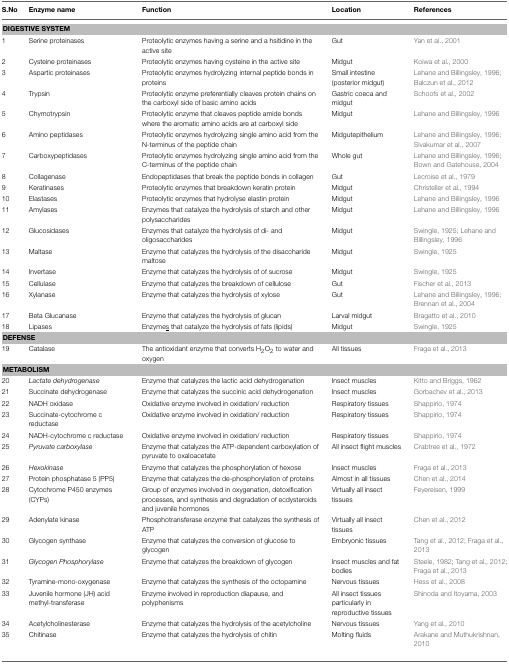
<table><thead><tr><td><b>S.No</b></td><td><b>Enzyme name</b></td><td><b>Function</b></td><td><b>Location</b></td><td><b>References</b></td></tr></thead><tbody><tr><td colspan="5"><b>DIGESTIVE SYSTEM</b></td></tr><tr><td>1</td><td>Serine proteinases</td><td>Proteolytic enzymes having a serine and a hsitidine in the active site</td><td>Gut</td><td>Yan et al., 2001</td></tr><tr><td>2</td><td>Cysteine proteinases</td><td>Proteolytic enzymes having cysteine in the active site</td><td>Midgut</td><td>Koiwa et al., 2000</td></tr><tr><td>3</td><td>Aspartic proteinases</td><td>Proteolytic enzymes hydrolyzing internal peptide bonds in proteins</td><td>Small intestine (posterior midgut)</td><td>Lehane and Billingsley, 1996; Balczun et al., 2012</td></tr><tr><td>4</td><td>Trypsin</td><td>Proteolytic enzyme preferentially cleaves protein chains on the carboxyl side of basic amino acids</td><td>Gastric coeca and midgut</td><td>Schoofs et al., 2002</td></tr><tr><td>5</td><td>Chymotrypsin</td><td>Proteolytic enzyme that cleaves peptide amide bonds where the aromatic amino acids are at carboxyl side</td><td>Midgut</td><td>Lehane and Billingsley, 1996</td></tr><tr><td>6</td><td>Amino peptidases</td><td>Proteolytic enzymes hydrolyzing single amino acid from the N-terminus of the peptide chain</td><td>Midgutepithelium</td><td>Lehane and Billingsley, 1996; Sivakumar et al., 2007</td></tr><tr><td>7</td><td>Carboxypeptidases</td><td>Proteolytic enzymes hydrolyzing single amino acid from the C-terminus of the peptide chain</td><td>Whole gut</td><td>Lehane and Billingsley, 1996; Bown and Gatehouse, 2004</td></tr><tr><td>8</td><td>Collagenase</td><td>Endopeptidases that break the peptide bonds in collagen</td><td>Gut</td><td>Lecroise et al., 1979</td></tr><tr><td>9</td><td>Keratinases</td><td>Proteolytic enzymes that breakdown keratin protein</td><td>Midgut</td><td>Christeller et al., 1994</td></tr><tr><td>10</td><td>Elastases</td><td>Proteolytic enzymes that hydrolyse elastin protein</td><td>Midgut</td><td>Lehane and Billingsley, 1996</td></tr><tr><td>11</td><td>Amylases</td><td>Enzymes that catalyze the hydrolysis of starch and other polysaccharides</td><td>Midgut</td><td>Lehane and Billingsley, 1996</td></tr><tr><td>12</td><td>Glucosidases</td><td>Enzymes that catalyze the hydrolysis of di- and oligosaccharides</td><td>Midgut</td><td>Swingle, 1925; Lehane and Billingsley, 1996</td></tr><tr><td>13</td><td>Maltase</td><td>Enzyme that catalyzes the hydrolysis of the disaccharide maltose</td><td>Midgut</td><td>Swingle, 1925</td></tr><tr><td>14</td><td>Invertase</td><td>Enzyme that catalyzes the hydrolysis of of sucrose</td><td>Midgut</td><td>Swingle, 1925</td></tr><tr><td>15</td><td>Cellulase</td><td>Enzyme that catalyzes the breakdown of cellulose</td><td>Gut</td><td>Fischer et al., 2013</td></tr><tr><td>16</td><td>Xylanase</td><td>Enzyme that catalyzes the hydrolysis of xylose</td><td>Gut</td><td>Lehane and Billingsley, 1996; Brennan et al., 2004</td></tr><tr><td>17</td><td>Beta Glucanase</td><td>Enzyme that catalyzes the hydrolysis of glucan</td><td>Larval midgut</td><td>Bragatto et al., 2010</td></tr><tr><td>18</td><td>Lipases</td><td>Enzyme<underline>s</underline> that catalyze the hydrolysis of fats (lipids)</td><td>Midgut</td><td>Swingle, 1925</td></tr><tr><td colspan="5"><b>DEFENSE</b></td></tr><tr><td>19</td><td>Catalase</td><td>The antioxidant enzyme that converts H<sub>2</sub>O<sub>2</sub> to water and oxygen</td><td>All tissues</td><td>Fraga et al., 2013</td></tr><tr><td colspan="5"><b>METABOLISM</b></td></tr><tr><td>20</td><td><i>Lactate dehydrogenase</i></td><td>Enzyme that catalyzes the lactic acid dehydrogenation</td><td>Insect muscles</td><td>Kitto and Briggs, 1962</td></tr><tr><td>21</td><td>Succinate dehydrogenase</td><td>Enzyme that catalyzes the succinic acid dehydrogenation</td><td>Insect muscles</td><td>Gorbachev et al., 2013</td></tr><tr><td>22</td><td>NADH oxidase</td><td>Oxidative enzyme involved in oxidation/ reduction</td><td>Respiratory tissues</td><td>Shappirio, 1974</td></tr><tr><td>23</td><td>Succinate-cytochrome c reductase</td><td>Oxidative enzyme involved in oxidation/ reduction</td><td>Respiratory tissues</td><td>Shappirio, 1974</td></tr><tr><td>24</td><td>NADH-cytochrome c reductase</td><td>Oxidative enzyme involved in oxidation/ reduction</td><td>Respiratory tissues</td><td>Shappirio, 1974</td></tr><tr><td>25</td><td><i>Pyruvate carboxylase</i></td><td>Enzyme that catalyzes the ATP-dependent carboxylation of pyruvate to oxaloacetate</td><td>All insect flight muscles</td><td>Crabtree et al., 1972</td></tr><tr><td>26</td><td><i>Hexokinase</i></td><td>Enzyme that catalyzes the phosphorylation of hexose</td><td>Insect muscles</td><td>Fraga et al., 2013</td></tr><tr><td>27</td><td>Protein phosphatase 5 (PP5)</td><td>Enzyme that catalyzes the de-phosphorylation of proteins</td><td>Almost in all tissues</td><td>Chen et al., 2014</td></tr><tr><td>28</td><td>Cytochrome P450 enzymes (CYPs)</td><td>Group of enzymes involved in oxygenation, detoxification processes, and synthesis and degradation of ecdysteroids and juvenile hormones</td><td>Virtually all insect tissues</td><td>Feyereisen, 1999</td></tr><tr><td>29</td><td>Adenylate kinase</td><td>Phosphotransferase enzyme that catalyzes the synthesis of ATP</td><td>Virtually all insect tissues</td><td>Chen et al., 2012</td></tr><tr><td>30</td><td>Glycogen synthase</td><td>Enzyme that catalyzes the conversion of glucose to glycogen</td><td>Embryonic tissues</td><td>Tang et al., 2012; Fraga et al., 2013</td></tr><tr><td>31</td><td><i>Glycogen Phosphorylase</i></td><td>Enzyme that catalyzes the breakdown of glycogen</td><td>Insect muscles and fat bodies</td><td>Steele, 1982; Tang et al., 2012; Fraga et al., 2013</td></tr><tr><td>32</td><td>Tyramine-mono-oxygenase</td><td>Enzyme that catalyzes the synthesis of the octopamine</td><td>Nervous tissues</td><td>Hess et al., 2008</td></tr><tr><td>33</td><td>Juvenile hormone (JH) acid methyl-transferase</td><td>Enzyme involved in reproduction diapause, and polyphenisms</td><td>All insect tissues particularly in reproductive tissues</td><td>Shinoda and Itoyama, 2003</td></tr><tr><td>34</td><td>Acetylcholinesterase</td><td>Enzyme that catalyzes the hydrolysis of the acetylcholine</td><td>Nervous tissues</td><td>Yang et al., 2010</td></tr><tr><td>35</td><td>Chitinase</td><td>Enzyme that catalyzes the hydrolysis of chitin</td><td>Molting fluids</td><td>Arakane and Muthukrishnan, 2010</td></tr></tbody></table>